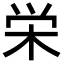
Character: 栄